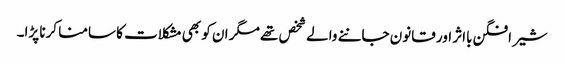
شیر افگن بااثر اور قانون جاننے والے شخص تھے مگر ان کو بھی مشکلات کا سامنا کرنا پڑا۔